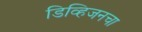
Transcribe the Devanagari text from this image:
डिव्हिजनचा